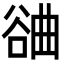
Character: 𣍂